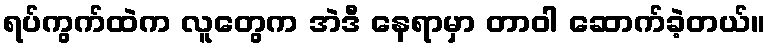
ရပ်ကွက်ထဲက လူတွေက အဲဒီ နေရာမှာ တာဝါ ဆောက်ခဲ့တယ်။